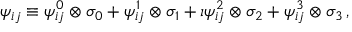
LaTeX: \psi _ { i j } \equiv \psi _ { i j } ^ { 0 } \otimes \sigma _ { 0 } + \psi _ { i j } ^ { 1 } \otimes \sigma _ { 1 } + \imath \psi _ { i j } ^ { 2 } \otimes \sigma _ { 2 } + \psi _ { i j } ^ { 3 } \otimes \sigma _ { 3 } \, ,